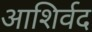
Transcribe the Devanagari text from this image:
आशिर्वद